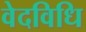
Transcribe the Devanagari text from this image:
वेदविधि